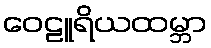
ဝေဠူရိယထမ္ဘာ